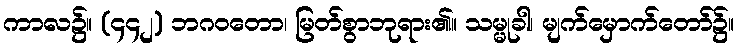
ကာလ၌။ (၄၄၂) ဘဂဝတော၊ မြတ်စွာဘုရား၏။ သမ္မုခါ၊ မျက်မှောက်တော်၌။